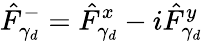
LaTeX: \hat{F}_{\gamma_{d}}^{-}=\hat{F}_{\gamma_{d}}^{x}-i\hat{F}_{\gamma_{d}}^{y}